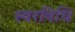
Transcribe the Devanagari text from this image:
स्वरविधि